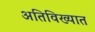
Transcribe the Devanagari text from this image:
अतिविख्यात